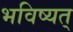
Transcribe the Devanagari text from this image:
भविष्यत्‌